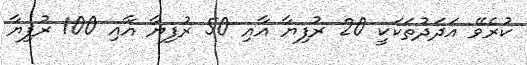
ކުރެވޭ އަދަދުތަކަކީ 20 ރުފިޔާ އާއި 50 ރުފިޔާ އާއި 100 ރުފިޔާ